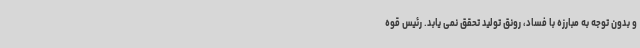
و بدون توجه به مبارزه با فساد، رونق تولید تحقق نمی یابد. رئیس قوه